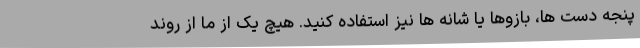
پنجه دست ها، بازوها یا شانه ها نیز استفاده کنید. هیچ یک از ما از روند